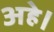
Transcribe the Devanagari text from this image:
अहे।